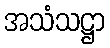
အသံသဋ္ဌာ